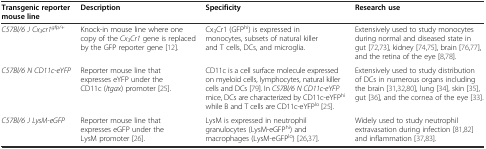
| Transgenic reporter mouse line | Description | Specificity | Research use |
 | --- | --- | --- | --- |
 | C57Bl/6 J Cx3cr1gfp/+ | Knock-in mouse line where one copy of the Cx3Cr1 gene is replaced by the GFP reporter gene [12]. | Cx3Cr1 (GFPhi) is expressed in monocytes, subsets of natural killer and T cells, DCs, and microglia. | Extensively used to study monocytes during normal and diseased state in gut [72,73], kidney [74,75], brain [76,77], and the retina of the eye [8,78]. |
 | C57Bl/6 N CD11c-eYFP | Reporter mouse line that expresses eYFP under the CD11c (Itgax) promoter [25]. | CD11c is a cell surface molecule expressed on myeloid cells, lymphocytes, natural killer cells and DCs [79]. In C57Bl/6 N CD11c-eYFP mice, DCs are characterized by CD11c-eYFPhi while B and T cells are CD11c-eYFPlo [25]. | Extensively used to study distribution of DCs in numerous organs including the brain [31,32,80], lung [34], skin [35], gut [36], and the cornea of the eye [33]. |
 | C57Bl/6 J LysM-eGFP | Reporter mouse line that expresses eGFP under the LysM promoter [26]. | LysM is expressed in neutrophil granulocytes (LysM-eGFPhi) and macrophages (LysM-eGFPlo) [26,37]. | Widely used to study neutrophil extravasation during infection [81,82] and inflammation [37,83]. |